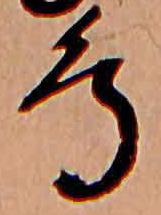
鳥